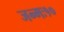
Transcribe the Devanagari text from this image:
जन्मः१०